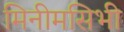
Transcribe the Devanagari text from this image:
मिनीमसिभी